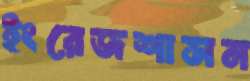
ইংরেজশাসন